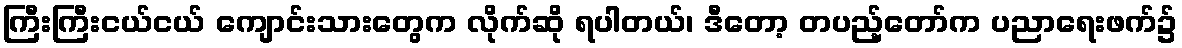
ကြီးကြီးငယ်ငယ် ကျောင်းသားတွေက လိုက်ဆို ရပါတယ်၊ ဒီတော့ တပည့်တော်က ပညာရေးဖက်၌